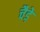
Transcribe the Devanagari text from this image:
चैडे़